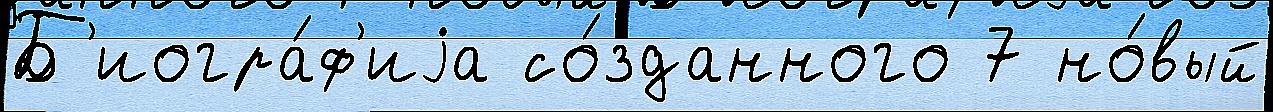
Б'иогра́ф'иjа со́зданного 7 но́вый